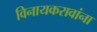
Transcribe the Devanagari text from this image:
विनायकरावांना